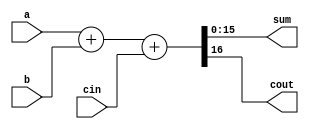
`timescale 1ns / 1ps
//////////////////////////////////////////////////////////////////////////////////
// Company: 
// Engineer: 
// 
// Design Name: 
// Module Name: seixteen_bit_adder
// Project Name: 
// Target Devices: 
// Tool Versions: 
// Description: 
// 
// Dependencies: 
// 
// Revision:
// Revision 0.01 - File Created
// Additional Comments:
// 
//////////////////////////////////////////////////////////////////////////////////


module sixteen_bit_adder( sum, cout, a, b, cin);
parameter N = 16;
input [N-1 : 0] a, b;
input cin;
output reg [N-1 : 0] sum;
output reg cout;

always@(*)

begin

{cout, sum} = a + b + cin;

end
endmodule

module tb();
parameter N = 16;
reg [N-1 : 0] a, b;
reg cin;
wire [N-1 : 0] sum;
wire cout;

sixteen_bit_adder inst0( sum, cout, a, b, cin);

initial 
begin 
#00 a = 32; b =16; cin = 0;
#00 a = 32; b =56; cin = 1;
#00 a = 32; b =26; cin = 1;
#00 a = 32; b =36; cin = 1;
#00 a = 32; b =6; cin = 1;


end


endmodule